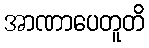
အာဏာပေတူတိ